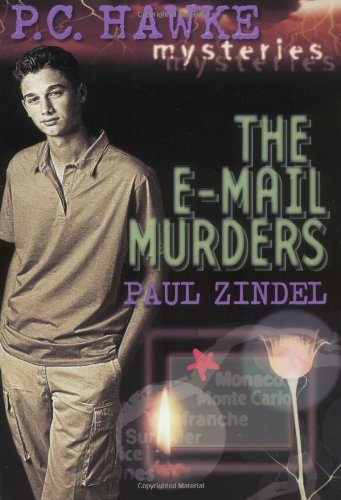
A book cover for P.C. Hawke Mysteries: The E-Mail Murders - Book #3; Paul Zindel; Computers & Technology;